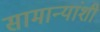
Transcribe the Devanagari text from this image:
सामान्यांशी